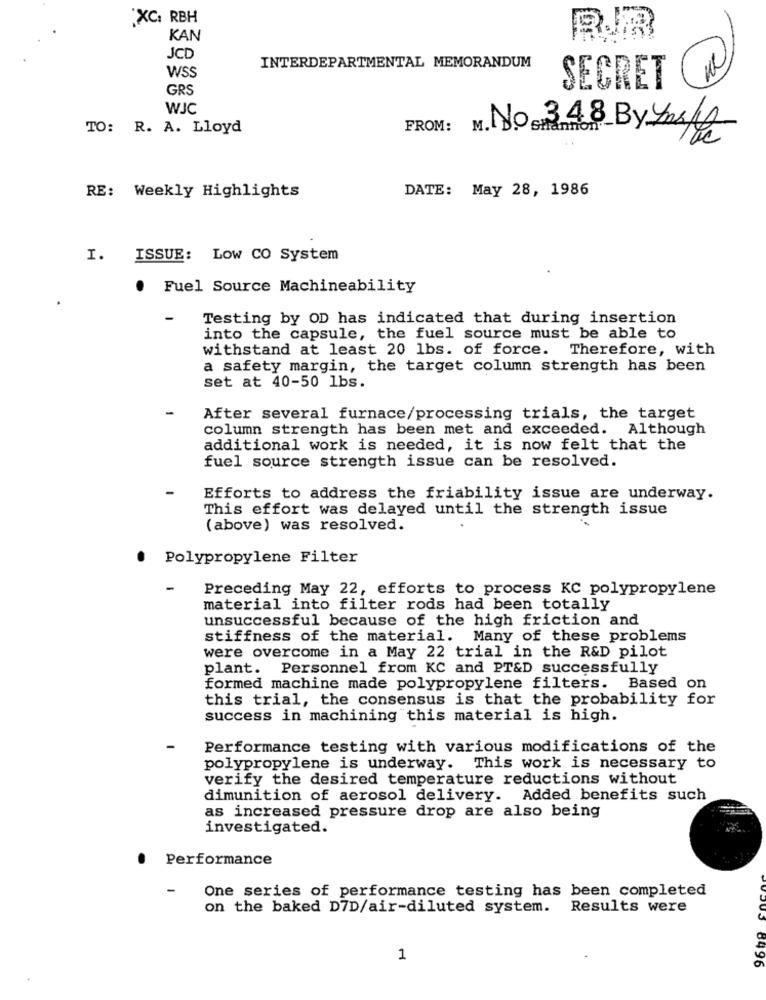
"XC: RBH
KAN
JCD
INTERDEPARTMENTAL MEMORANDUM
WSS
GRS
SECRET
WJC
TO: R. A. Lloyd
FROM:
348 By Los
RE: Weekly Highlights
DATE: May 28, 1986
I.
ISSUE: Low CO System
.
Fuel Source Machineability
-
Testing by OD has indicated that during insertion
into the capsule, the fuel source must be able to
withstand at least 20 lbs. of force. Therefore, with
a safety margin, the target column strength has been
set at 40-50 1bs.
After several furnace/processing trials, the target
column strength has been met and exceeded. Although
additional work is needed, it is now felt that the
fuel source strength issue can be resolved.
Efforts to address the friability issue are underway.
This effort was delayed until the strength issue
(above) was resolved.
.
Polypropylene Filter
-
Preceding May 22, efforts to process KC polypropylene
material into filter rods had been totally
unsuccessful because of the high friction and
stiffness of the material. Many of these problems
were overcome in a May 22 trial in the R&D pilot
plant. Personnel from KC and PT&D successfully
formed machine made polypropylene filters. Based on
this trial, the consensus is that the probability for
success in machining this material is high.
Performance testing with various modifications of the
polypropylene is underway. This work is necessary to
verify the desired temperature reductions without
dimunition of aerosol delivery. Added benefits such
as increased pressure drop are also being
investigated.
Performance
One series of performance testing has been completed
on the baked D7D/air-diluted system.
Results were
1
503 8496